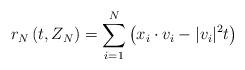
LaTeX: \begin{align*}r_N \left( t,Z_N \right) =\sum_{i=1}^N \left( x_i \cdot v_i - |v_i|^2 t\right)\end{align*}